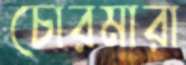
চোরমারা